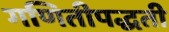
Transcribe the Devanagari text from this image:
गणितीपद्धती